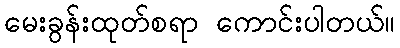
မေးခွန်းထုတ်စရာ ကောင်းပါတယ်။